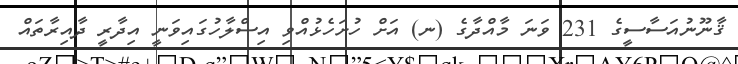
ޤާނޫނުއަސާސީގެ 231 ވަނަ މާއްދާގެ (ނ) އަށް ހުށަހެޅުއްވި އިސްލާހުގައިވަނީ އިދާރީ ދާއިރާތައް